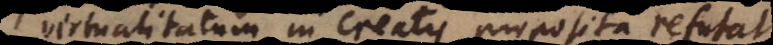
virtualitatum in creatis proposita refutat